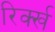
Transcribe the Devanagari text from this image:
रिर्क्ख